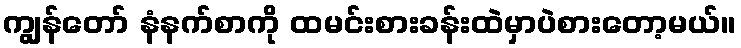
ကျွန်တော် နံနက်စာကို ထမင်းစားခန်းထဲမှာပဲစားတော့မယ်။